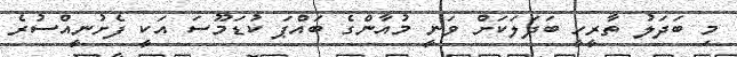
މި ބަދަލު ތާރީހީ ބަދަލަކަށް ވަނީ މުއާންގެ ބައްޕަ ކުޑަމޫސަ އަކީ ފެށުނީއްސުރެ